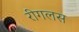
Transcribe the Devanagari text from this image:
रीगलस